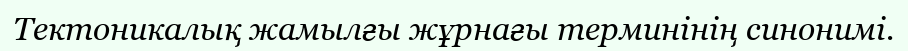
Тектоникалық жамылғы жұрнағы терминінің синонимі.